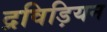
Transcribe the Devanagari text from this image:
द्रविड़ियन